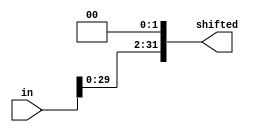
`timescale 1ns / 1ps


module Shifter(in,shifted);

input [31:0]in;
output [31:0]shifted;

assign shifted = in<<2;

endmodule